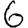
Digit: 6